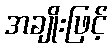
အချိုးဖြင့်